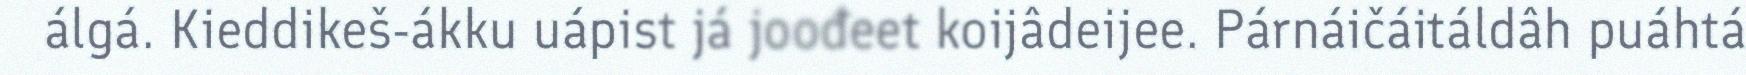
álgá. Kieddikeš-ákku uápist já joođeet koijâdeijee. Párnáičáitáldâh puáhtá